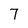
Character: 7